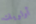
أولويات